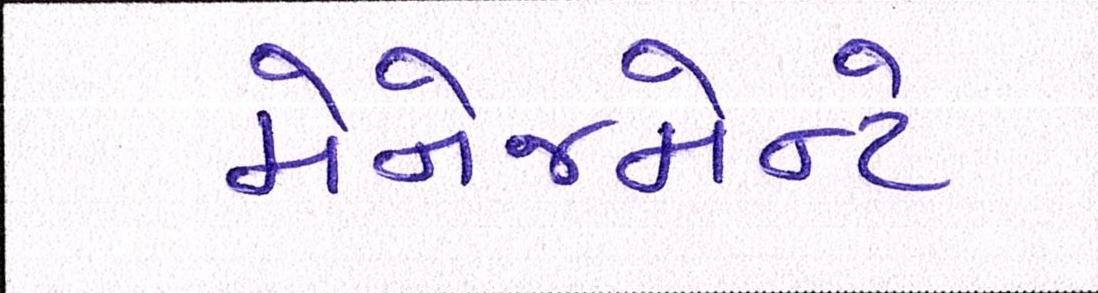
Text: મેનેજમેન્ટે